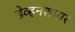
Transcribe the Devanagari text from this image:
डेव्हनशायर